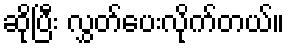
ဆိုပြီး လွှတ်ပေးလိုက်တယ်။